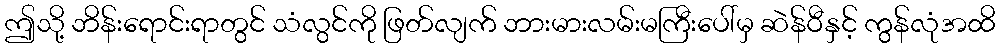
ဤသို့ ဘိန်းရောင်းရာတွင် သံလွင်ကို ဖြတ်လျက် ဘားမားလမ်းမကြီးပေါ်မှ ဆဲန်ဝီနှင့် ကွန်လုံအထိ